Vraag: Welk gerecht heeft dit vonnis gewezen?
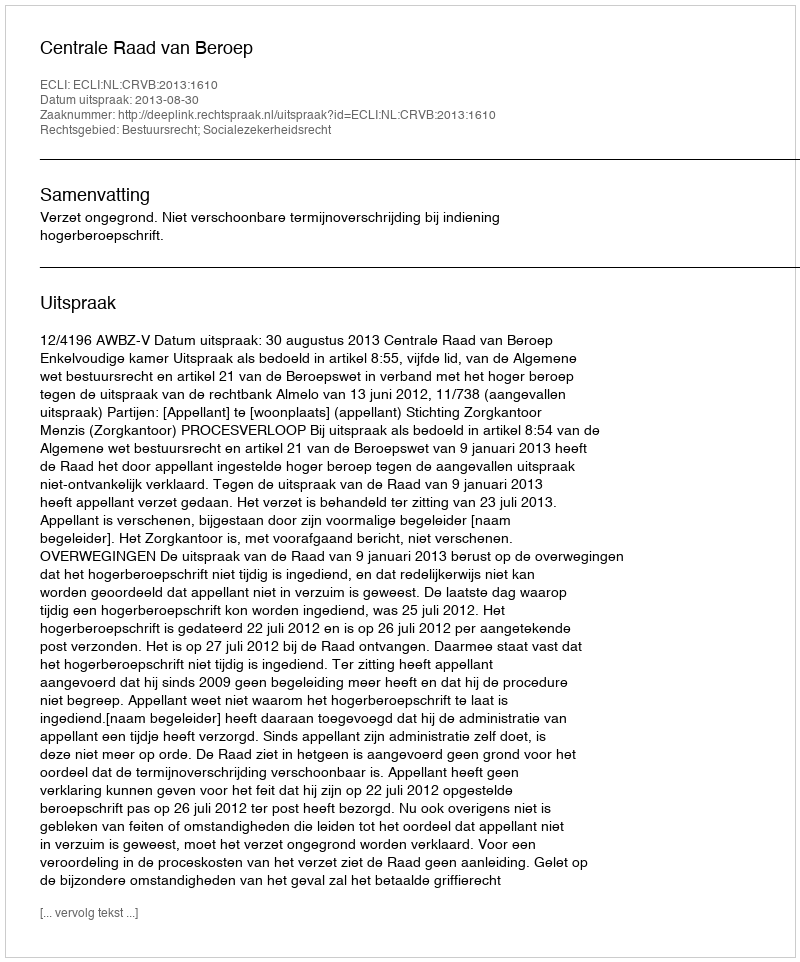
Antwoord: Centrale Raad van Beroep